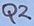
Text: Q2